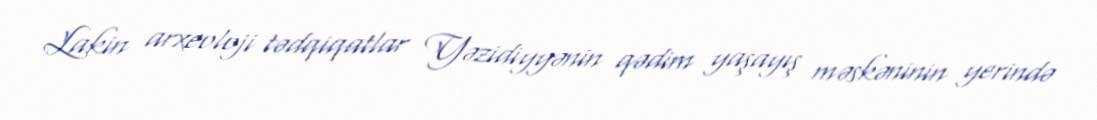
Lakin arxeoloji tədqiqatlar Yəzidiyyənin qədim yaşayış məskəninin yerində